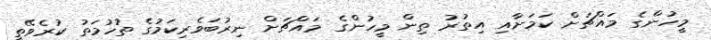
މީހުންގެ މައްޗަށް ކަމަށާއި އިތުރު ތިން މީހުންގެ މައްޗަށް ނިރުބަވެރިކަމުގެ ތުހުމަތު ކުރެވޭތީ